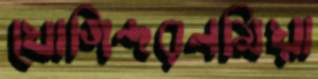
যোগিন্দরনমিয়া